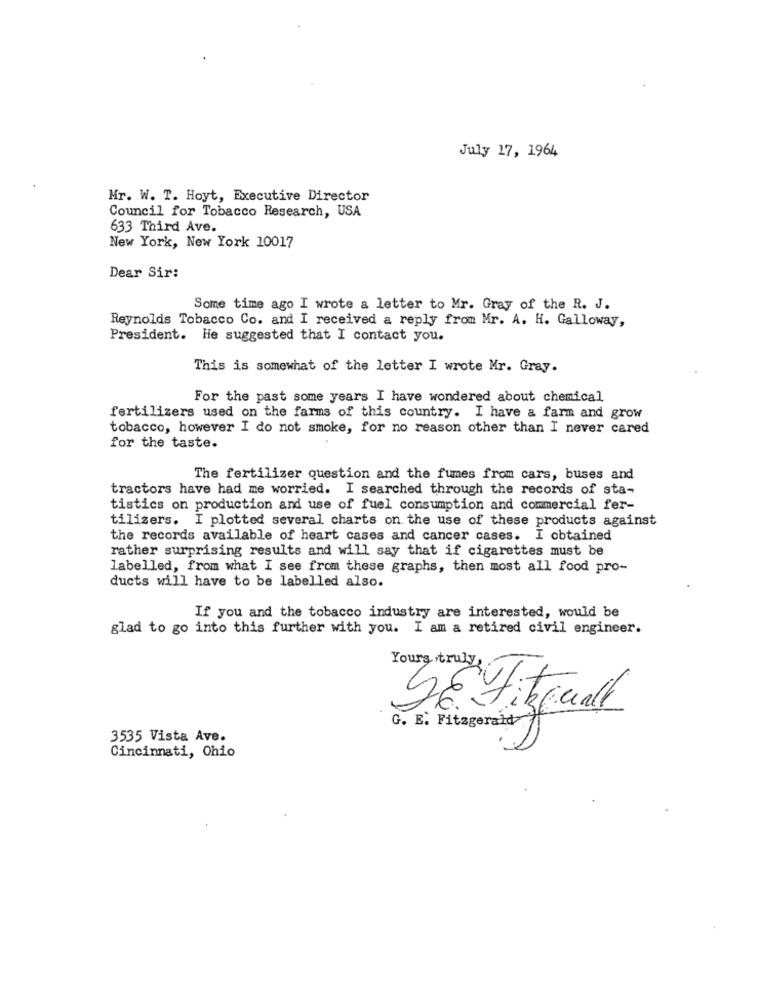
July 17, 1964
Mr. W. T. Hoyt, Executive Director
Council for Tobacco Research, USA
633 Third Ave.
New York, New York 10017
Dear Sir:
Some time ago I wrote a letter to Mr. Gray of the R. J.
Reynolds Tobacco Co. and I received a reply from Mr. A. H. Galloway,
President. He suggested that I contact you.
This is somewhat of the letter I wrote Mr. Gray.
For the past some years I have wondered about chemical
fertilizers used on the farms of this country. I have a farm and grow
tobacco, however I do not smoke, for no reason other than I never cared
for the taste.
The fertilizer question and the fumes from cars, buses and
tractors have had me worried. I searched through the records of sta-
tistics on production and use of fuel consumption and commercial fer-
tilizers. I plotted several charts on the use of these products against
the records available of heart cases and cancer cases. I obtained
rather surprising results and will say that if cigarettes must be
labelled, from what I see from these graphs, then most all food pro-
ducts will have to be labelled also.
If you and the tobacco industry are interested, would be
glad to go into this further with you. I am a retired civil engineer.
Yours truly,
SE FitEuall
G. E. Fitzgerald
3535 Vista Ave.
Cincinnati, Ohio